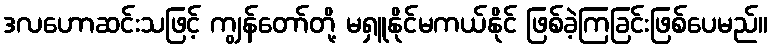
ဒလဟောဆင်းသဖြင့် ကျွန်တော်တို့ မရှူနိုင်မကယ်နိုင် ဖြစ်ခဲ့ကြခြင်းဖြစ်ပေမည်။